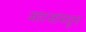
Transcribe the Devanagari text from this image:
जहाजांमधून